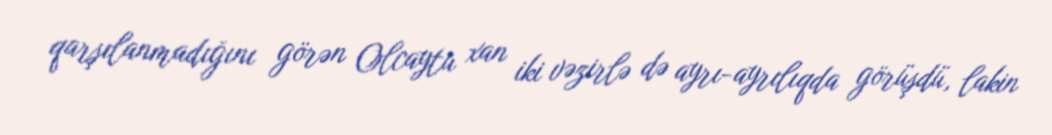
qarşılanmadığını görən Olcaytu xan iki vəzirlə də ayrı-ayrılıqda görüşdü, lakin